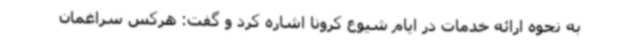
به نحوه ارائه خدمات در ایام شیوع کرونا اشاره کرد و گفت: هرکس سراغمان